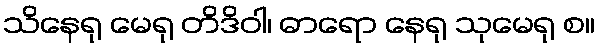
သိနေရု မေရု တိဒိဝါ၊ ဓာရော နေရု သုမေရု စ။